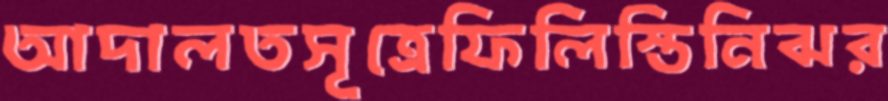
আদালতসূত্রেফিলিস্তিনিঝর